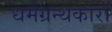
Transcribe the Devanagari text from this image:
धर्मग्रन्थकारों